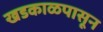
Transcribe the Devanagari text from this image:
खडकाळपासून